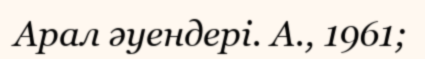
Арал әуендері. А., 1961;